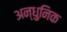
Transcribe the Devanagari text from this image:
अन्धुनिक